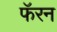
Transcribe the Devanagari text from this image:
फॅरन